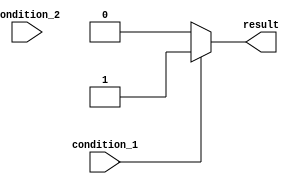
module priority_case_example(
    input wire condition_1,
    input wire condition_2,
    output reg result
);

always @* begin
    case (1)
        condition_1: begin
            result <= 1; // Execute this block if condition_1 is true
        end
        condition_2: begin
            result <= 2; // Execute this block if condition_2 is true
        end
        default: begin
            result <= 0; // Default block if none of the conditions are true
        end
    endcase
end

endmodule